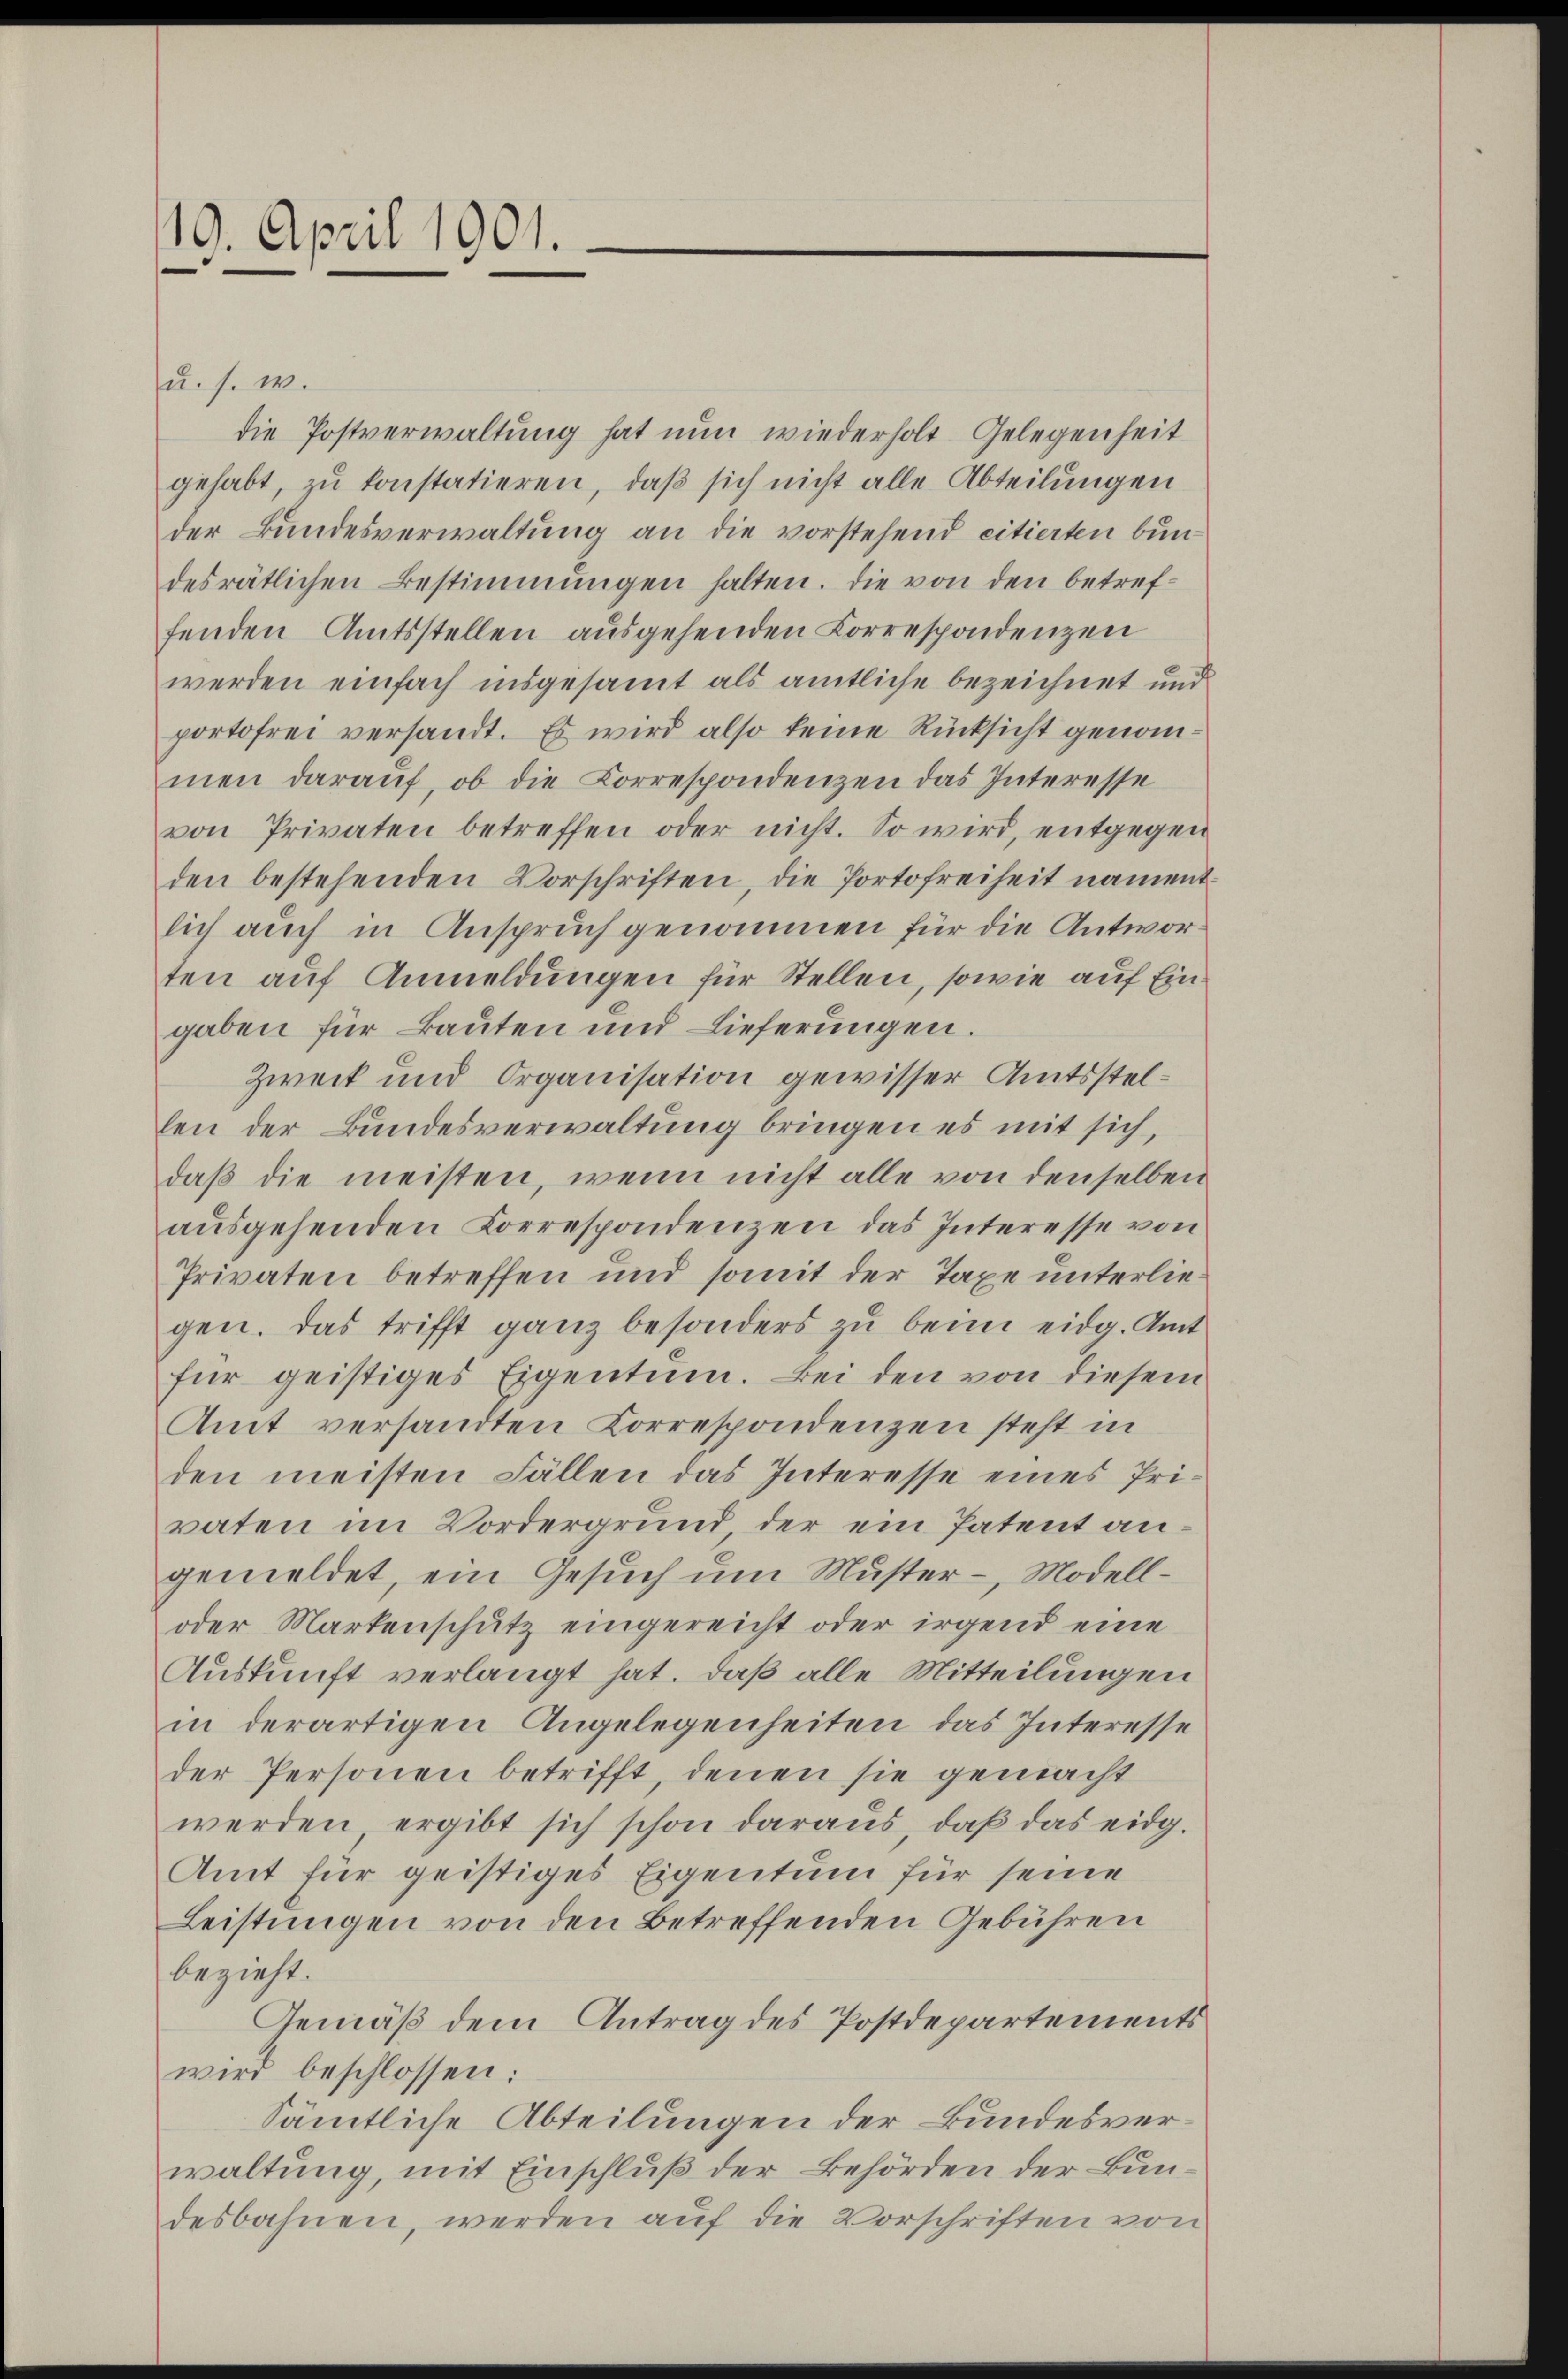
19. April 1901.

u. s. w.

die Postverwaltung hat nun wiederholt Gelegenheit
gehabt, zu konstatieren, daß sich nicht alle Abteilungen
der Bundesverwaltung an die vorstehend citierten bundesrätlichen Bestimmungen halten. Die von den betreffenden Amtsstellen ausgehenden Korrespondenzen
werden einfach insgesammt als amtliche bezeichnet und
portofrei versandt. Es wird also keine Rücksicht genommen darauf, ob die Korrespondenzen das Interesse
von Privaten betreffen oder nicht. So wird, entgegen
den bestehenden Vorschriften, die Portofreiheit nament.
lich auch in Anspruch genommen für die Antworten auf Anmeldungen für Stellen, sowie auf Eingaben für Bauten und Lieferungen.
Zweck und Organisation gewisser Amtsstellen der Bundesverwaltung bringen es mit sich,
daß die meisten, wenn nicht alle von denselben
aŭsgehenden Korrespondenzen das Interesse von
Privaten betreffen und somit der Taxe unterliegen. Das trifft ganz besonders zu beim eidg. Amt
für geistiges Eigentum. Bei den von diesem
Amt versandten Korrespondenzen steht in
den meisten Fällen das Interesse eines Priraten im Vordergrund der ein Patent an.
gemeldet, ein Gesuch um Muster - Modell¬
oder Markenschutz eingereicht oder irgend eine
Auskunft verlangt hat. Daß alle Mitteilungen
in derartigen Angelegenheiten das Interesse
der Personen betrifft, denen sie gemacht
werden ergibt sich schon daraus, daß das eidg.
Amt für geistiges Eigentum für seine
Leistungen von den Betreffenden Gebühren
bezieht.
Gemäß dem Antrag des Postdepartements
wird beschlossen:
Sämtliche Abteilungen der Bundesverwaltung, mit Einschluß der Behörden der Bundesbahnen, werden auf die Vorschriften von